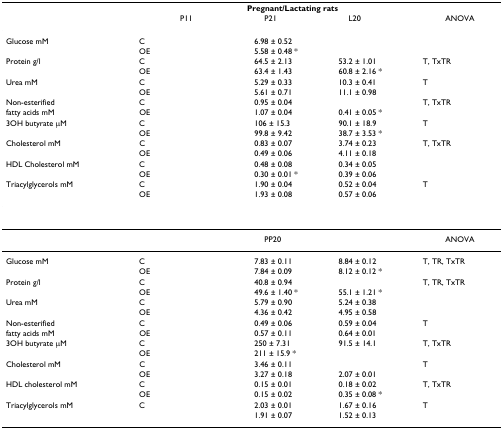
<table><thead><tr><td>[EMPTY_CELL]</td><td>[EMPTY_CELL]</td><td colspan="3"><b>Pregnant/Lactating rats</b></td><td>[EMPTY_CELL]</td></tr><tr><td>[EMPTY_CELL]</td><td>[EMPTY_CELL]</td><td><b> P11</b></td><td><b> P21</b></td><td><b> L20</b></td><td><b>ANOVA</b></td></tr></thead><tbody><tr><td>Glucose mM</td><td>C</td><td>[EMPTY_CELL]</td><td>6.98 ± 0.52</td><td>[EMPTY_CELL]</td><td>[EMPTY_CELL]</td></tr><tr><td>[EMPTY_CELL]</td><td>OE</td><td>[EMPTY_CELL]</td><td>5.58 ± 0.48 *</td><td>[EMPTY_CELL]</td><td>[EMPTY_CELL]</td></tr><tr><td>Protein g/l</td><td>C</td><td>[EMPTY_CELL]</td><td>64.5 ± 2.13</td><td>53.2 ± 1.01</td><td>T, TxTR</td></tr><tr><td>[EMPTY_CELL]</td><td>OE</td><td>[EMPTY_CELL]</td><td>63.4 ± 1.43</td><td>60.8 ± 2.16 *</td><td>[EMPTY_CELL]</td></tr><tr><td>Urea mM</td><td>C</td><td>[EMPTY_CELL]</td><td>5.29 ± 0.33</td><td>10.3 ± 0.41</td><td>T</td></tr><tr><td>[EMPTY_CELL]</td><td>OE</td><td>[EMPTY_CELL]</td><td>5.61 ± 0.71</td><td>11.1 ± 0.98</td><td>[EMPTY_CELL]</td></tr><tr><td>Non-esterified</td><td>C</td><td>[EMPTY_CELL]</td><td>0.95 ± 0.04</td><td>[EMPTY_CELL]</td><td>T, TxTR</td></tr><tr><td>fatty acids mM</td><td>OE</td><td>[EMPTY_CELL]</td><td>1.07 ± 0.04</td><td>0.41 ± 0.05 *</td><td>[EMPTY_CELL]</td></tr><tr><td>3OH butyrate μM</td><td>C</td><td>[EMPTY_CELL]</td><td>106 ± 15.3</td><td>90.1 ± 18.9</td><td>T</td></tr><tr><td>[EMPTY_CELL]</td><td>OE</td><td>[EMPTY_CELL]</td><td>99.8 ± 9.42</td><td>38.7 ± 3.53 *</td><td>[EMPTY_CELL]</td></tr><tr><td>Cholesterol mM</td><td>C</td><td>[EMPTY_CELL]</td><td>0.83 ± 0.07</td><td>3.74 ± 0.23</td><td>T, TxTR</td></tr><tr><td>[EMPTY_CELL]</td><td>OE</td><td>[EMPTY_CELL]</td><td>0.49 ± 0.06</td><td>4.11 ± 0.18</td><td>[EMPTY_CELL]</td></tr><tr><td>HDL Cholesterol mM</td><td>C</td><td>[EMPTY_CELL]</td><td>0.48 ± 0.08</td><td>0.34 ± 0.05</td><td>[EMPTY_CELL]</td></tr><tr><td>[EMPTY_CELL]</td><td>OE</td><td>[EMPTY_CELL]</td><td>0.30 ± 0.01 *</td><td>0.39 ± 0.06</td><td>[EMPTY_CELL]</td></tr><tr><td>Triacylglycerols mM</td><td>C</td><td>[EMPTY_CELL]</td><td>1.90 ± 0.04</td><td>0.52 ± 0.04</td><td>T</td></tr><tr><td>[EMPTY_CELL]</td><td>OE</td><td>[EMPTY_CELL]</td><td>1.93 ± 0.08</td><td>0.57 ± 0.06</td><td>[EMPTY_CELL]</td></tr><tr><td>[EMPTY_CELL]</td><td>[EMPTY_CELL]</td><td colspan="3">[EMPTY_CELL]</td><td>[EMPTY_CELL]</td></tr><tr><td>[EMPTY_CELL]</td><td>[EMPTY_CELL]</td><td>[EMPTY_CELL]</td><td> PP20</td><td>[EMPTY_CELL]</td><td>ANOVA</td></tr><tr><td>Glucose mM</td><td>C</td><td>[EMPTY_CELL]</td><td>7.83 ± 0.11</td><td>8.84 ± 0.12</td><td>T, TR, TxTR</td></tr><tr><td>[EMPTY_CELL]</td><td>OE</td><td>[EMPTY_CELL]</td><td>7.84 ± 0.09</td><td>8.12 ± 0.12 *</td><td>[EMPTY_CELL]</td></tr><tr><td>Protein g/l</td><td>C</td><td>[EMPTY_CELL]</td><td>40.8 ± 0.94</td><td>[EMPTY_CELL]</td><td>T, TR, TxTR</td></tr><tr><td>[EMPTY_CELL]</td><td>OE</td><td>[EMPTY_CELL]</td><td>49.6 ± 1.40 *</td><td>55.1 ± 1.21 *</td><td>[EMPTY_CELL]</td></tr><tr><td>Urea mM</td><td>C</td><td>[EMPTY_CELL]</td><td>5.79 ± 0.90</td><td>5.24 ± 0.38</td><td>[EMPTY_CELL]</td></tr><tr><td>[EMPTY_CELL]</td><td>OE</td><td>[EMPTY_CELL]</td><td>4.36 ± 0.42</td><td>4.95 ± 0.58</td><td>[EMPTY_CELL]</td></tr><tr><td>Non-esterified</td><td>C</td><td>[EMPTY_CELL]</td><td>0.49 ± 0.06</td><td>0.59 ± 0.04</td><td>T</td></tr><tr><td>fatty acids mM</td><td>OE</td><td>[EMPTY_CELL]</td><td>0.57 ± 0.11</td><td>0.64 ± 0.01</td><td>[EMPTY_CELL]</td></tr><tr><td>3OH butyrate μM</td><td>C</td><td>[EMPTY_CELL]</td><td>250 ± 7.31</td><td>91.5 ± 14.1</td><td>T, TxTR</td></tr><tr><td>[EMPTY_CELL]</td><td>OE</td><td>[EMPTY_CELL]</td><td>211 ± 15.9 *</td><td>[EMPTY_CELL]</td><td>[EMPTY_CELL]</td></tr><tr><td>Cholesterol mM</td><td>C</td><td>[EMPTY_CELL]</td><td>3.46 ± 0.11</td><td>[EMPTY_CELL]</td><td>T</td></tr><tr><td>[EMPTY_CELL]</td><td>OE</td><td>[EMPTY_CELL]</td><td>3.27 ± 0.18</td><td>2.07 ± 0.01</td><td>[EMPTY_CELL]</td></tr><tr><td>HDL cholesterol mM</td><td>C</td><td>[EMPTY_CELL]</td><td>0.15 ± 0.01</td><td>0.18 ± 0.02</td><td>T, TxTR</td></tr><tr><td>[EMPTY_CELL]</td><td>OE</td><td>[EMPTY_CELL]</td><td>0.15 ± 0.02</td><td>0.35 ± 0.08 *</td><td>[EMPTY_CELL]</td></tr><tr><td>Triacylglycerols mM</td><td>C</td><td>[EMPTY_CELL]</td><td>2.03 ± 0.01</td><td>1.67 ± 0.16</td><td>T</td></tr><tr><td>[EMPTY_CELL]</td><td>[EMPTY_CELL]</td><td>[EMPTY_CELL]</td><td>1.91 ± 0.07</td><td>1.52 ± 0.13</td><td>[EMPTY_CELL]</td></tr></tbody></table>